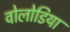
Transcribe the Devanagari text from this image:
वोलोडिया